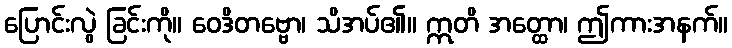
ပြောင်းလွဲ ခြင်းကို။ ဝေဒိတဗ္ဗော၊ သိအပ်၏။ ဣတိ အတ္ထော၊ ဤကားအနက်။